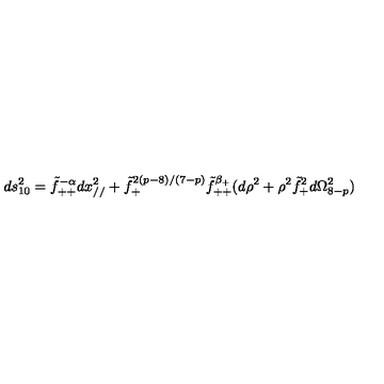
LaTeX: d s _ { 1 0 } ^ { 2 } = \tilde { f } _ { + + } ^ { - \alpha } d x _ { / / } ^ { 2 } + \tilde { f } _ { + } ^ { 2 ( p - 8 ) / ( 7 - p ) } \tilde { f } _ { + + } ^ { \beta _ { + } } ( d \rho ^ { 2 } + \rho ^ { 2 } \tilde { f } _ { + } ^ { 2 } d \Omega _ { 8 - p } ^ { 2 } )